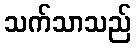
သက်သာသည်